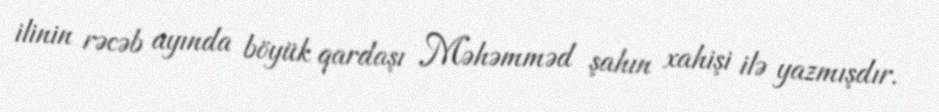
ilinin rəcəb ayında böyük qardaşı Məhəmməd şahın xahişi ilə yazmışdır.